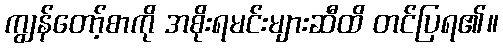
ကျွန်တော့်စာကို အစိုးရမင်းများဆီထိ တင်ပြရ၏။